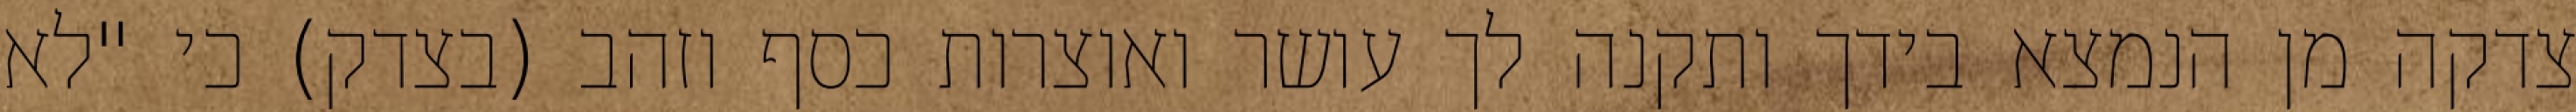
צדקה מן הנמצא בידך ותקנה לך עושר ואוצרות כסף וזהב (בצדק) כי "לא